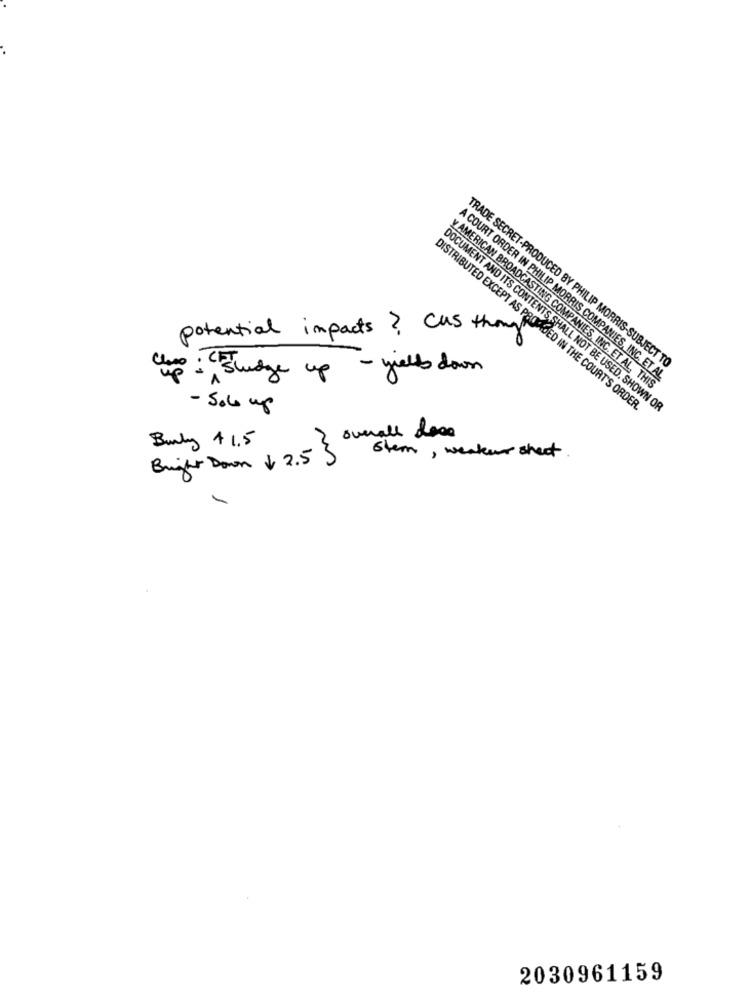
potential impacts? Cus though
TRADE SECRET-PRODUCED BY PHILIP MORRIS-SUBJECT TO
Chp : Sludge up - yields down
A COURT ORDER IN PHILIP MORRIS COMPANIES, INC. ET AL
y AMERICAN BROADCASTING COMPANIES, INC. ET AL. THIS
- Sol up
DISTRIBUTED EXCEPT AS PRONTOED IN THE COURT'S ORDER.
DOCUMENT AND ITS CONTENTS.SHALL NOT BE USED. SHOWN OR
mall dos
Bundy 41.5
Bringher Down + 2.5 3 stem, weaker sheet
2030961159